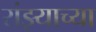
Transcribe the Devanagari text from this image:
रांझ्याच्या